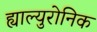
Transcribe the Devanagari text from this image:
ह्याल्युरोनिक